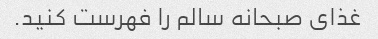
غذای صبحانه سالم را فهرست کنید.